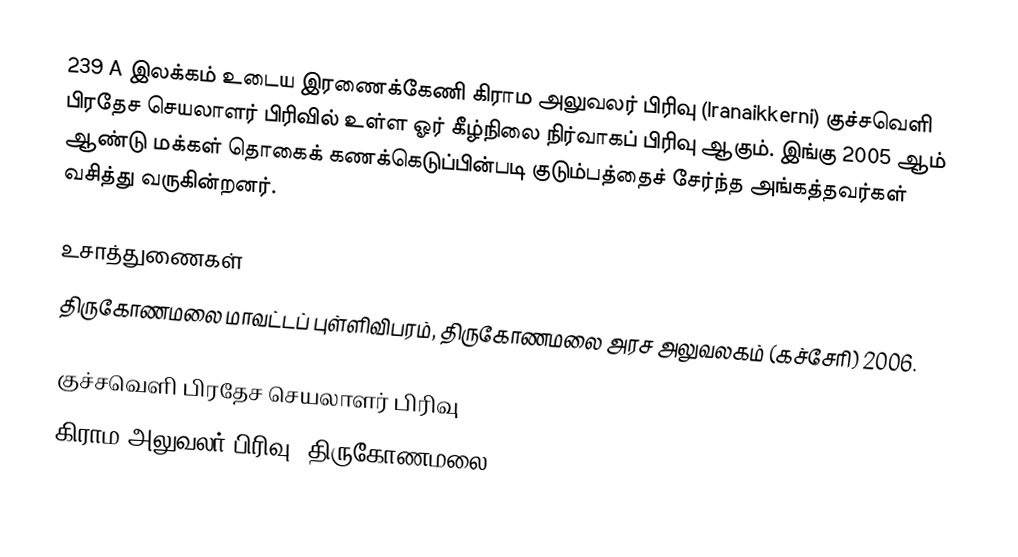
239 A இலக்கம் உடைய இரணைக்கேணி கிராம அலுவலர் பிரிவு (Iranaikkerni) குச்சவெளி பிரதேச செயலாளர் பிரிவில் உள்ள ஓர் கீழ்நிலை நிர்வாகப் பிரிவு ஆகும். இங்கு 2005 ஆம் ஆண்டு மக்கள் தொகைக் கணக்கெடுப்பின்படி குடும்பத்தைச் சேர்ந்த அங்கத்தவர்கள் வசித்து வருகின்றனர்.

உசாத்துணைகள்
திருகோணமலை மாவட்டப் புள்ளிவிபரம், திருகோணமலை அரச அலுவலகம் (கச்சேரி) 2006.

குச்சவெளி பிரதேச செயலாளர் பிரிவு
கிராம அலுவலர் பிரிவு (திருகோணமலை)